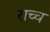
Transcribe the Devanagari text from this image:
राच्च